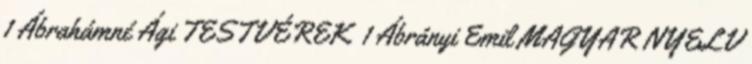
1 Ábrahámné Ági TESTVÉREK 1 Ábrányi Emil MAGYAR NYELV